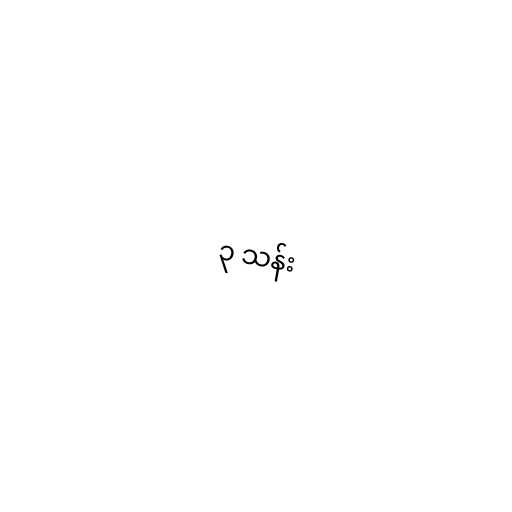
၃ သန်း